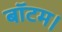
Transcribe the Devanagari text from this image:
बॉटम।